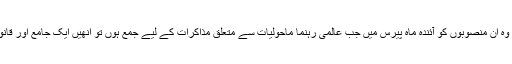
اقوام متحدہ کے ذمے اب یہ اہم کام ہے کہ وہ ان منصوبوں کو آئندہ ماہ پیرس میں جب عالمی رہنما ماحولیات سے متعلق مذاکرات کے لیے جمع ہوں تو انھیں ایک جامع اور قانونی معاہدے کے طور پر منظور کروائے۔